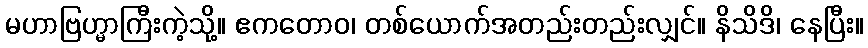
မဟာဗြဟ္မာကြီးကဲ့သို့။ ဧကတောဝ၊ တစ်ယောက်အတည်းတည်းလျှင်။ နိသိဒိ၊ နေပြီး။